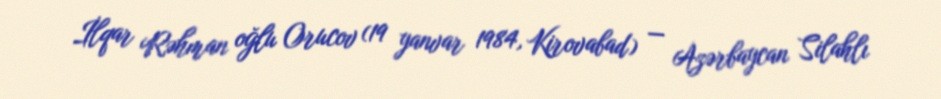
İlqar Rəhman oğlu Orucov (19 yanvar 1984, Kirovabad) — Azərbaycan Silahlı